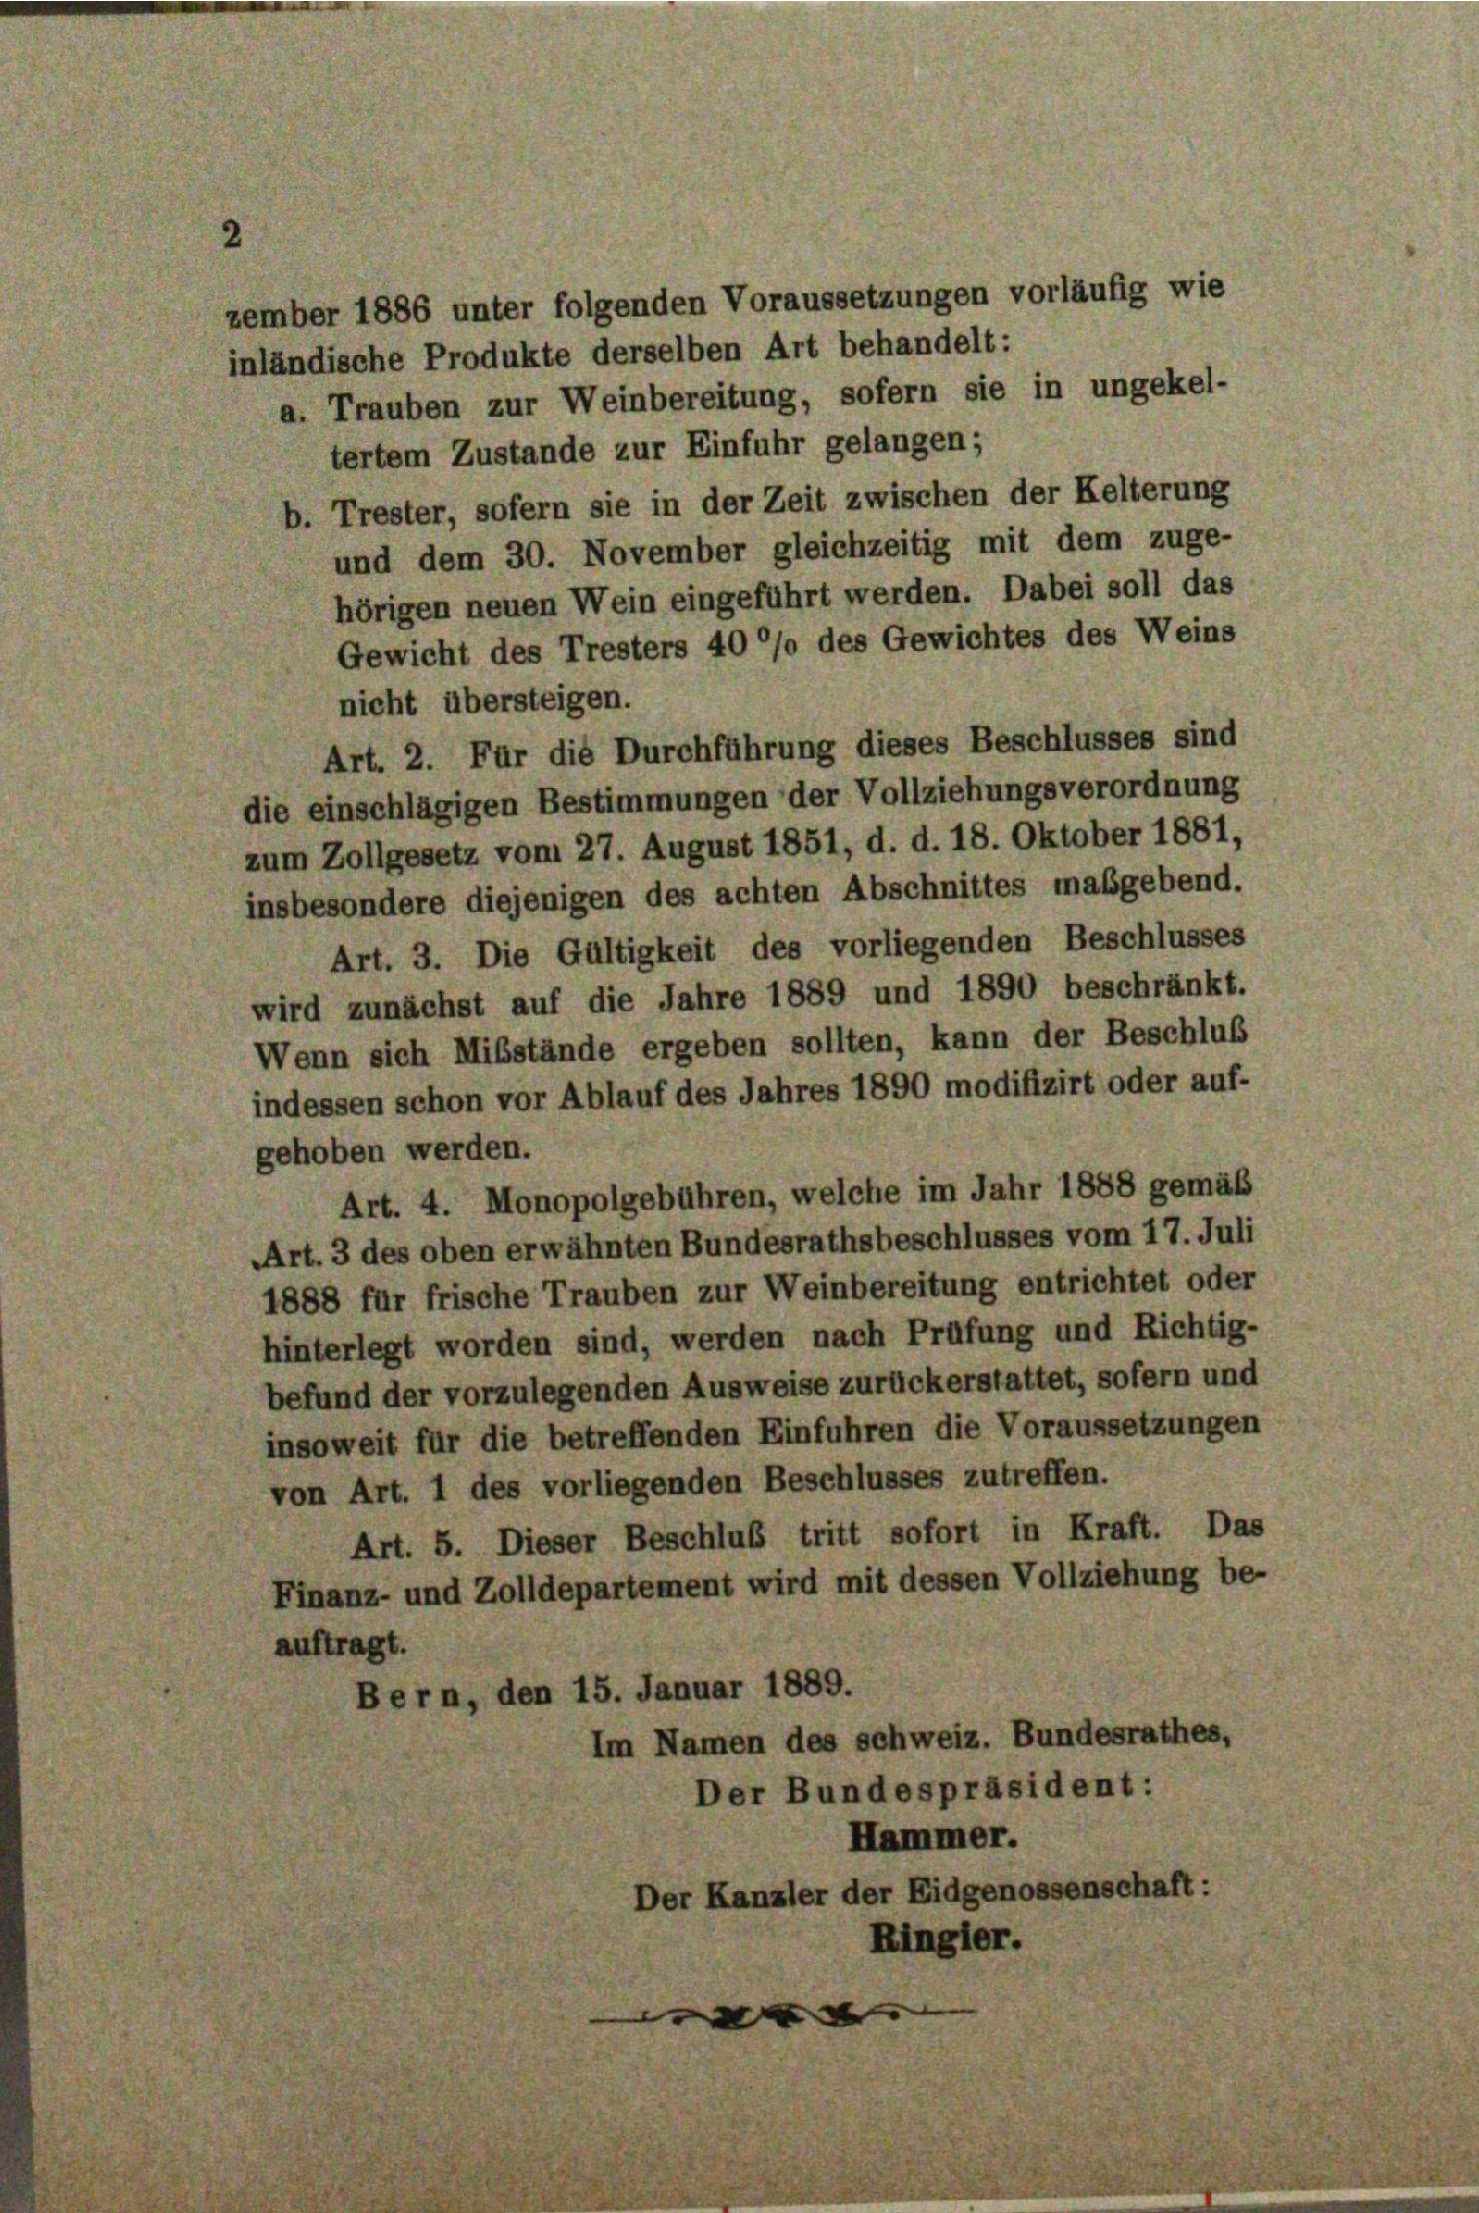
zember 1886 unter folgenden Voraussetzungen vorläufig wie
inländische Produkte derselben Art behandelt:
a. Trauben zur Weinbereitung, sofern sie in ungekel-

tertem Zustande zur Einfuhr gelangen;
b. Trester, sofern sie in der Zeit zwischen der Kelterung
und dem 30. November gleichzeitig mit dem zuge-
hörigen neuen Wein eingeführt werden. Dabei soll das
Gewicht des Tresters 40 °/o des Gewichtes des Weins
nicht übersteigen.
Art. 2. Für die Durchführung dieses Beschlusses sind
die einschlägigen Bestimmungen der Vollziehungsverordnung
zum Zollgesetz vom 27. August 1851, d. d. 18. Oktober 1881,
insbesondere diejenigen des achten Abschnittes maßgebend.
Art. 3. Die Gültigkeit des vorliegenden Beschlusses
wird zunächst auf die Jahre 1889 und 1890 beschränkt.
Wenn sich Mibstände ergeben sollten, kann der Beschluß
indessen schon vor Ablauf des Jahres 1890 modifizirt oder auf-
gehoben werden.
Art. 4. Monopolgebühren, welche im Jahr 1888 gemäß
Art. 3 des oben erwähnten Bundesrathsbeschlusses vom 17. Juli
1888 für frische Trauben zur Weinbereitung entrichtet oder
hinterlegt worden sind, werden nach Prüfung und Richtig-
befund der vorzulegenden Ausweise zurückerstattet, sofern und
insoweit für die betreffenden Einfuhren die Voraussetzungen
von Art. 1 des vorliegenden Beschlusses zutreffen.
Art. 5. Dieser Beschluß tritt sofort in Kraft. Das
Finanz- und Zolldepartement wird mit dessen Vollziehung be-
auftragt.
Bern, den 15. Januar 1889.
Im Namen des schweiz. Bundesrathes,
Der Bundespräsident:
Hammer.
Der Kanzler der Eidgenossenschaft:
Ringler.